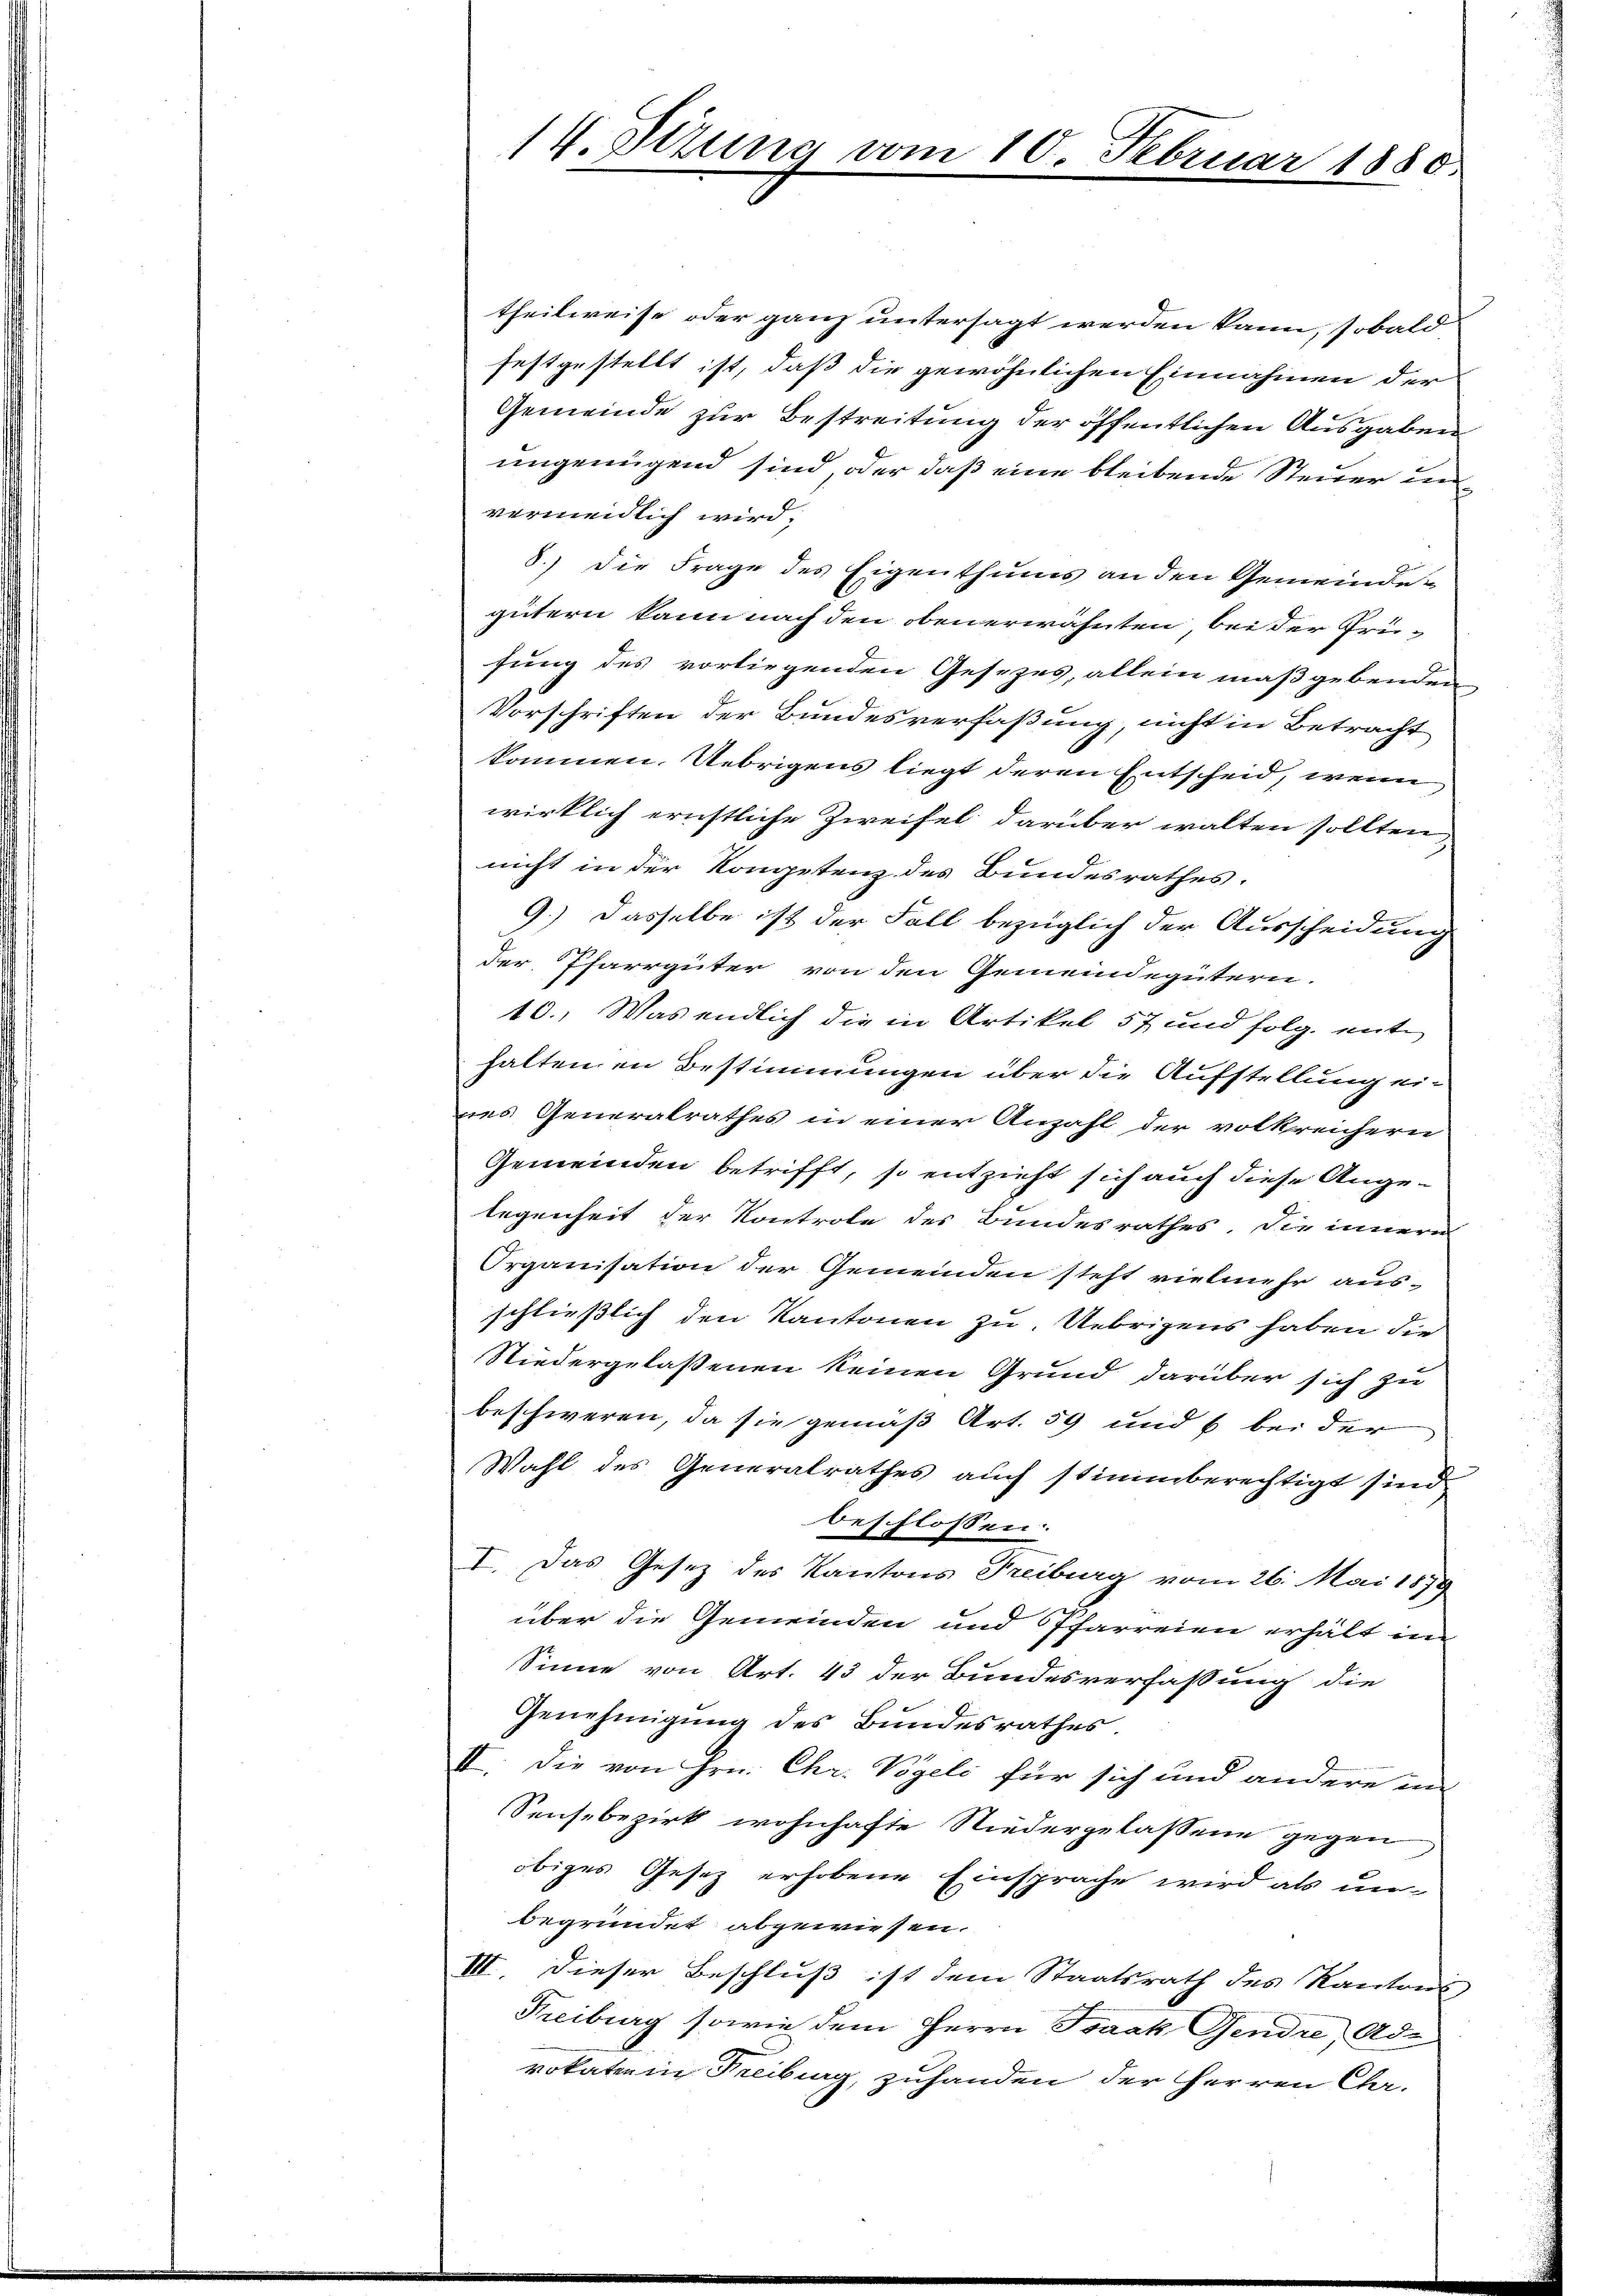
14. Jezung vom 10. Februar 1880

theilweise oder ganz untersagt werden kann, sobald
festgestellt ist, daß die gewöhnlichen Einnahmen der
Gemeinde zur Bestreitung der öffentlichen Ausgaben
ungenügend sind, oder daß eine bleibende Steuer und
vermeidlich wird:
8.) Die Frage des Eigenthums an den Gemeinde-
gütern kann nach den obenerwähnten, bei der Prüfung des vorliegenden Gesezes, allein maßgebenden
Vorschriften der Bundesverfaßung, nicht in Betracht
kommen. Übrigens liegt deren Entscheid, wenn
wirklich ernstliche Zweifel darüber walten sollten
nicht in der Kompetenz des Bundesrathes.
9.) Dasselbe ist der Fall bezüglich der Ausscheidung
der Pfarrgüter von den Gemeindegütern.
10., Was endlich die in Artikel 57 und folg. enthaltenen Bestimmungen über die Aufstellung ei-
nes Generalrathes in einer Anzahl der volkreichern
Gemeinden betrifft, so entzieht sich auch diese Angelegenheit der Kontrole des Bundesrathes, die innern
Organisation der Gemeinden steht vielmehr aus-
schließlich den Kantonen zu. Uebrigens haben die
Niedergelassenen keinen Grund darüber sich zu
beschweren, da sie gemäß Art. 59 und 6 bei der
Wahl des Generalrathes auch stimmberechtigt sind
beschlossen:
I. Das Gesetz des Kantons Freiburg vom 26. Mai 1879
über die Gemeinden und Pfarreien erhält in
Sinne von Art. 43 der Bundesverfassung die
Genehmigung des Bundesrathes
II. Die von Hrn. Chr. Vögeli für sich und andere un
Seis bezirk wohnhafte Niedergelassene gegen
obiges Gesetz erhobene Einsprache wird als un-
begründet abgewiesen.
III. Dieser Beschluß ist dem Staatsrath des Kantons
Freiburg sowie dem Herrn Isaak Gendre, Ade
vokaten in Freiburg, zuhanden der Herren Char¬